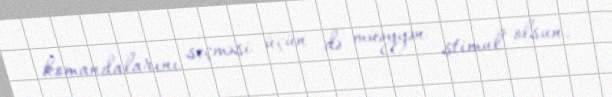
komandalarını seçməsi üçün də müəyyən stimul olsun.